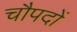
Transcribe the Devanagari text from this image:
चौपदों